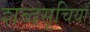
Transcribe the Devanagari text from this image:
शब्दसूचिय़ाँ